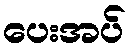
ပေးအပ်